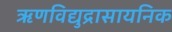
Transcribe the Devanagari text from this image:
ऋणविद्युद्रासायनिक